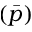
\left( \Bar p \right)